Annual report of the Madras Medical College
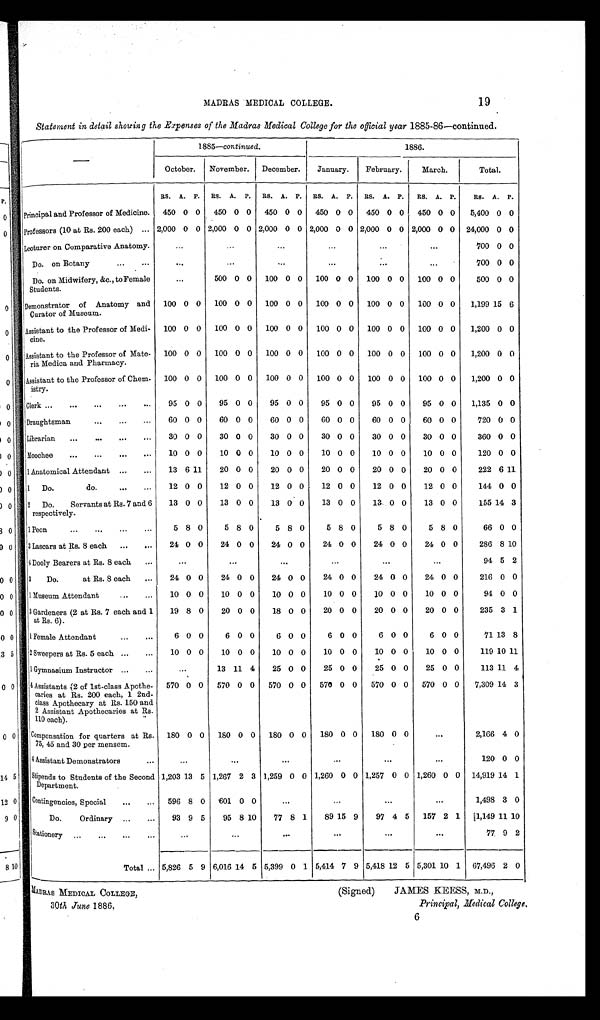
MADRAS MEDICAL COLLEGE,
30 th June 1886.
(Signed)
JAMES KEESS, M.D.,
Principal, Medical College .
19
MADRAS MEDICAL COLLEGE.
Statement in detail showing the Expenses of the Madras Medical College for the official year 1885–86—continued.
—
1885—continued.
1886.
October. November. December.
January.
February.
March.
Total.
RS. A. P.
RS.
A.
P.
RS. A. P.
RS. A. P.
RS. A. P.
RS. A. P.
RS.
A .
P.
Principal and Professor of Medicine. 450 0 0 450 0 0 450 0 0 450 0 0 450 0 0 450 0 0
5,400 0 0
Professors (10 at Rs. 200 each) ... 2,000 0 0 2,000 0 0 2,000 0 0 2,000 0 0 2,000 0 0 2,000 0 0 24,000 0 0
Lecture r on Comparative Anatomy.
...
...
...
...
...
...
700 0 0
Do. on Botany
...
...
...
...
...
. . .
...
...
700 0 0
Do. on Midwifery, &c., to Female
Students.
. . . 5 0 0
0 0 100 0 0 100 0 0 100 0 0 100 0 0
500 0 0
Demonstrator of Anatomy and
Curator of Museum.
100 0 0 100 0 0 100 0 0 100 0 0 100 0 0 100 0 0
1,199 15 6
Assistant to the Professor of Medi-
cine.
100 0 0 100 0 0 100 0 0 100 0 0 100 0 0 100 0 0
1,200 0 0
Assistant to the Professor of Mate-
ria Medica and Pharmacy.
100 0 0 100 0 0 100 0 0 100 0 0 100 0 0 100 0 0
1,200 0 0
Assistant to the Professor of Chem-
istry.
100 0 0 100 0 0 100 0 0 100 0 0 100 0 0 100 0 0
1,200 0 0
Clerk ...
...
...
...
...
95 0 0
95 0 0
95 0 0
95 0 0
95 0 0
95 0 0
1,135 0 0
Draughtsman
...
...
...
60 0 0
60 0 0
60 0 0
60 0 0
60 0 0
60 0 0
720 0 0
Librarian
...
...
...
...
30 0 0
30 0 0
30 0 0
30 0 0
30 0 0
30 0 0
360 0 0
Moochee
...
...
...
...
10 0 0
10 0 0
10 0 0
10 0 0
10 0 0
10 0 0
120 0 0
1 Anatomical Attendant ...
...
13 6 11
20 0 0
20 0 0
20 0 0
20 0 0
20 0 0
222 6 11
1
Do.
do.
. . .
...
12 0 0
12 0 0
12 0 0
12 0 0
12 0 0
12 0 0
144 0 0
2 Do.
Servants at Rs. 7 and 6
respectively.
13 0 0
13 0 0
13 0 0
13 0 0
13 0 0
13 0 0
155 14 3
1 Peon
...
...
...
...
5 8 0
5 8 0
5 8 0
5 8 0
5 8 0
5 8 0
66 0 0
3 Lascars at Rs. 8 each ...
...
24 0 0
24 0 0
24 0 0
24 0 0
24 0 0
24 0 0
286 8 10
4 Dooly Bearers at Rs. 8 each ...
...
...
...
...
...
...
94 5 2
3
Do.
at Rs. 8 each ...
24 0 0
24 0 0
24 0 0
24 0 0
24 0 0
24 0 0
216 0 0
1 Museum Attendant ...
...
10 0 0
10 0 0
10 0 0
10 0 0
10 0 0
10 0 0
94 0 0
3 Gardeners (2 at Rs. 7 each and 1
at Rs. 6).
19 8 0
20 0 0
18 0 0
20 0 0
20 0 0
20 0 0
235 3 1
1 Female Attendant
...
...
6 0 0
6 0 0
6 0 0
6 0 0
6 0 0
6 0 0
71 13 8
2 Sweepers at Rs. 5 each ...
...
10 0 0
10 0 0
10 0 0
10 0 0
10 0 0
10 0 0
119 10 11
1 Gymnasium Instructor ...
...
...
13 11 4
25 0 0
25 0 0
25 0 0
25 0 0
113 11 4
4 Assistants (2 of 1st-class Apothe-
caries at Rs. 200 each, 1 2nd-
class Apothecary at Rs. 150 and
2 Assistant Apothecaries at Rs.
110 each).
570 0 0
570 0 0 570 0 0 570 0 0 570 0 0 570 0 0
7,309 14 3
Compensation for quarters at Rs.
75, 45 and 30 per mensem.
180 0 0
180 0 0
180 0 0
180 0 0
180 0 0
...
2,166 4 0
4 Assistant Demonstrators
...
...
...
...
...
...
...
120 0 0
Stipends to Students of the Second
Department.
1,203 13 5 1,267 2 3 1,259 0 0 1,260 0 0 1,257 0 0 1,260 0 0 14,919 14 1
Contingencies, Special
...
...
596 8 0 601 0 0
. . .
...
...
...
1,498 3 0
Do.
Ordinary ...
...
93 9 5
95 8 10
77 8 1
89 15 9
97 4 5 157 2 1
1 , 1 4 9 11 10
Stationery ...
. . .
...
. . .
. . .
. . .
..
.
. . .
. . .
. . .
77 9 2
Total ... 5,826 5 9 6,016 14 5 5,399 0 1 5,414 7 9 5,418 12 5 5,301 10 1 67,496 2 0
6